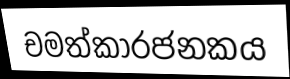
චමත්කාරජනකය